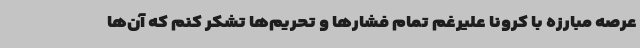
عرصه مبارزه با کرونا علیرغم تمام فشارها و تحریم‌ها تشکر کنم که آن‌ها